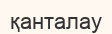
қанталау